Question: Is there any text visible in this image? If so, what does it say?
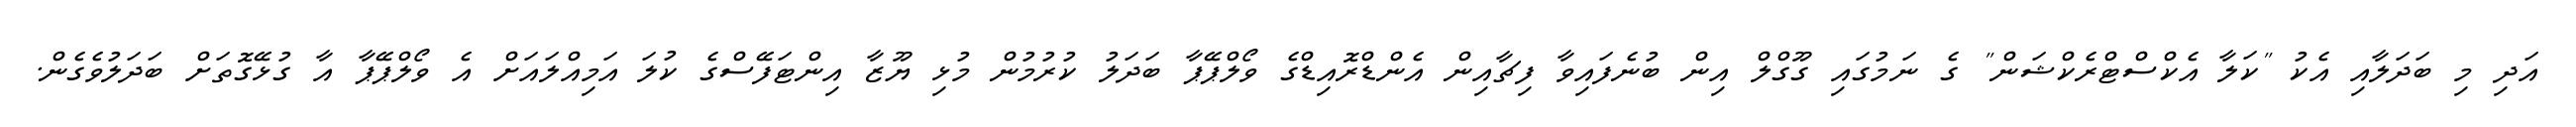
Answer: އަދި މި ބަދަލާއި އެކު "ކަލާ އެކްސްޓްރެކްޝަން" ގެ ނަމުގައި ގޫގްލް އިން ބުނެފައިވާ ފިޗާއިން އެންޑްރޮއިޑްގެ ވޯލްޕޭޕާ ބަދަލު ކުރުމުން މުޅި ޔޫޒާ އިންޓަފޭސްގެ ކުލަ އަމިއްލައަށް އެ ވޯލްޕޭޕާ އާ ގުޅޭގޮތަށް ބަދަލުވެގެން.